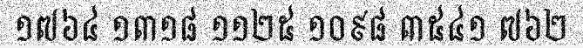
១៧៦៤ ១៣១៨ ១១២៥ ១០៩៨ ៣៥៤១ ៧៦២